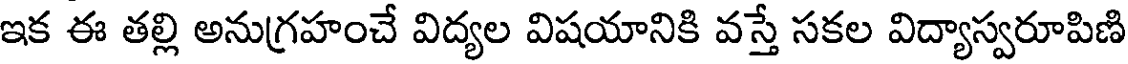
ఇక ఈ తల్లి అనుగ్రహంచే విద్యల విషయానికి వస్తే సకల విద్యాస్వరూపిణి